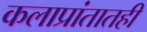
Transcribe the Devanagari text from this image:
कलाप्रांतातही